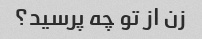
زن از تو چه پرسید؟